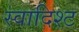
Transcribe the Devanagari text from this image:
स्वादिश्ट